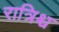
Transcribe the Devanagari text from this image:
रात्रिश्च